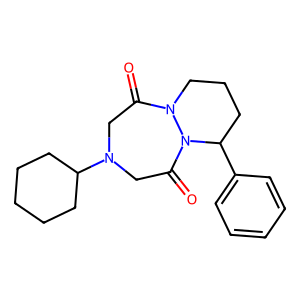
SMILES: O=C1CN(C2CCCCC2)CC(=O)N2C(c3ccccc3)CCCN12
Inhibits HIV replication: No